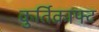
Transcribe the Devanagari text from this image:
कुर्तिक्राफ्ट